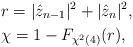
LaTeX: \begin{align*}& r = |\hat{z}_{n-1}|^2 + |\hat{z}_n|^2, \\& \chi = 1-F_{\chi^2(4)}(r), \end{align*}